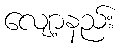
လျော့နည်း